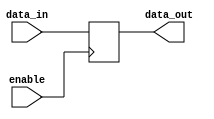
module io_buffer (
    input wire data_in,
    input wire enable,
    output wire data_out
);

reg buffer;

always @(posedge enable) begin
    buffer <= data_in;
end

assign data_out = buffer;

endmodule